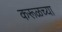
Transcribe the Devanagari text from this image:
करूळच्या